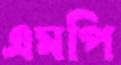
এমপি